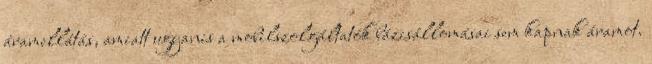
áramellátás, amiatt ugyanis a mobilszolgáltatók bázisállomásai sem kapnak áramot.